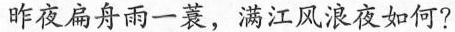
昨夜扁舟雨一蓑，满江风浪夜如何?